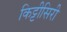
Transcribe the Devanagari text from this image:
किट्टीसिरी